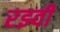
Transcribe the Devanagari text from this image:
रझ्वी